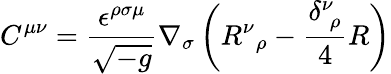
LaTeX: C^{\mu\nu}=\frac{\epsilon^{\rho\sigma\mu}}{\sqrt{-g}}\nabla_{\sigma}\left(R{^\nu}{_\rho}-\frac{\delta_{\; \rho}^{\nu}}{4}R\right)